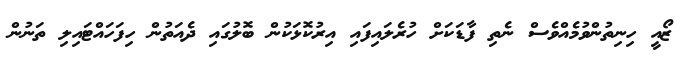
ޒޯއީ ހިނިތުންވުމެއްވެސް ނެތި ފާޑަކަށް ހުރެލައިފައި އިރުކޮޅަކުން ބޮލުގައި ދެއަތުން ހިފަހައްޓައިލި ތަނުން